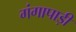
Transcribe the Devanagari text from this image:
गंगापाड़ी